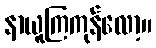
နာယူကြကုန်လော့။